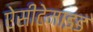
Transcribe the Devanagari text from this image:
ऐसीटेमाइड